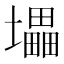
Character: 㙼